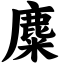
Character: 麋